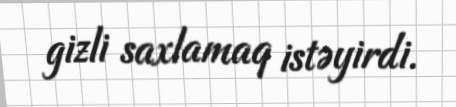
gizli saxlamaq istəyirdi.